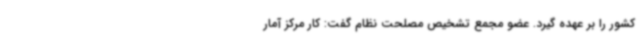
کشور را بر عهده گیرد. عضو مجمع تشخیص مصلحت نظام گفت: کار مرکز آمار